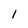
Character: l